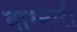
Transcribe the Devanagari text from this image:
वारनारी